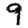
Digit: 9